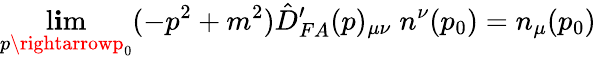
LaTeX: \operatorname*{l\mathbf{i}m}_{p\rightarrowp_{0}}(-p^{2}+m^{2})\hat{{D}}_{FA}^{\prime}(p)_{\mu\nu}\; n^{\nu}(p_{0})=n_{\mu}(p_{0})